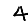
Digit: 4